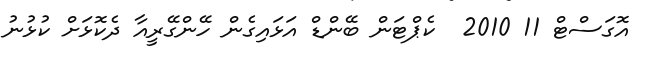
އޮގަސްޓް 11 2010  ކެޕްޓަން ބޭންޑް އަޅައިގެން ހޭންގޭރީއާ ދެކޮޅަށް ކުޅުނު